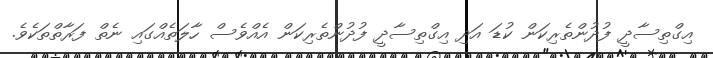
އިގްތިސާދީ ފުދުންތެރިކަން ކުޑަ އަދި އިގްތިސާދީ ފުދުންތެރިކަން އެއްވެސް ހާލަތެއްގައި ނެތް ފަރާތްތަކެވެ.